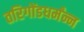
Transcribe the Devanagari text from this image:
तरिगोंडधर्मंन्न